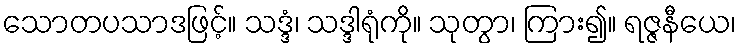
သောတပသာဒဖြင့်။ သဒ္ဒံ၊ သဒ္ဒါရုံကို။ သုတွာ၊ ကြား၍။ ရဇ္ဇနီယေ၊